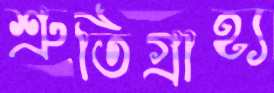
শ্রুতিগ্রাহ্য